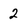
Character: 2